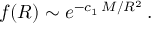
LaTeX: f ( R ) \sim e ^ { - c _ { 1 } \, M / R ^ { 2 } } \, .